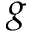
g